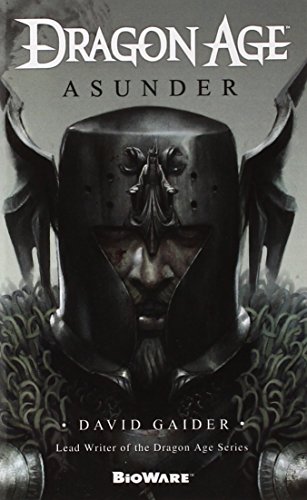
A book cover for Dragon Age: Asunder; David Gaider; Science Fiction & Fantasy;